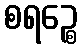
စရဉ္စေ